Scottish Leaving Certificate Examination, 1954
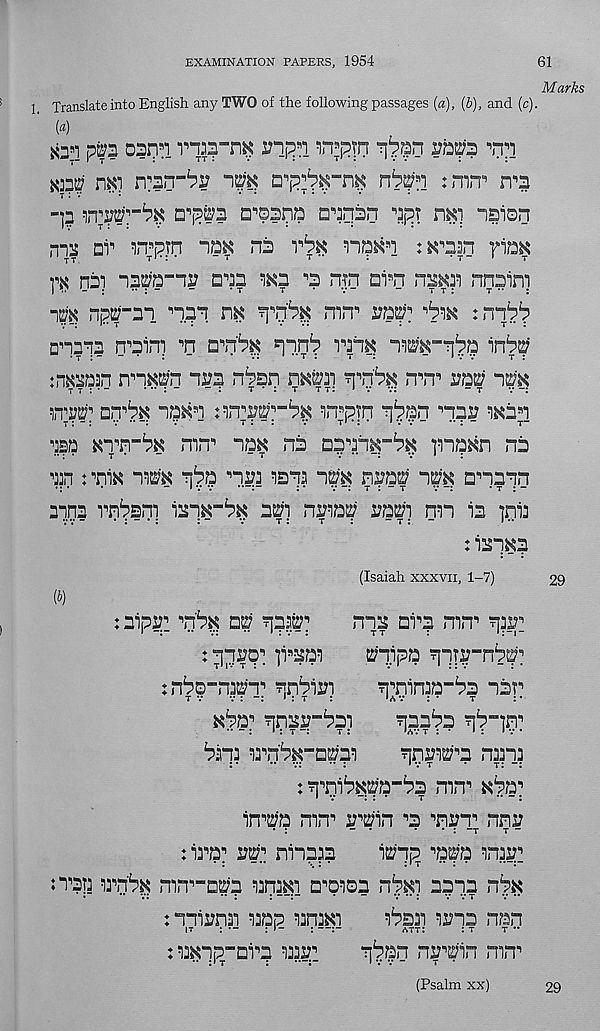
EXAMINATION PAPERS, 1954
61
Translate into English any TWO of the following passages {a), (&), and (c)
M
top
oann r-m-ni* rnpn i.Tptn T]^n
'ny
m hki
nv^-m nbm :m«T
-]3
a^ssna n^rjan
m) isisn
rm nv ^.Tprn
na
rai natpa-ni; aaa wa ^ rrjn ai s n hm nnaini
npa-ai n.ai
mn s ra^
:nn^
Dnnaa n^aini ti a^n^ ^n.n 1 ? rm
:nKsaan mn^'n
n^sn n^K;ai
ra^
"im
in T
s pin
n.31? wa*]
■’Bp KTrr^K nin 1 ’ aa^ na aaa.i^-^^ ina^n na
:™ aw'K *q^a ,, "i.l?2
ap n^?a^
anaan
aina vn^srn iaa : K”^^ a^i n^a^ raa'i nn ia ]ni3
: ia“]^3
(J)
(Isaiah xxxvn, 1-7)
:aip^! TJ^ a^ ^3?^;
naa ava mrr rj^_
: yiuz?: ivaai
apipa
in^p^n^'T
?jTiin?a”ba aar
^p>a^
ajaa^a
br]3 : irn'b^"a®3 : i
ppa^^a naaj
: aaiibKaa-ba mn^ K^a 11
* v -: : •
t
- -:
irra'a mn s sr , E;in •’a •’nua^ nna
•i
“
‘
• : -t t ~
lira; s?^ niaa?a
n afa aa^:
nBp irn^ mn^a^a urjm a^o^oa
appa rrp^
:aaii?na i3ap mm
i^sai waa nan
: wnp-avp
p^pn np^'in nm
(Psalm xx)